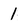
Character: 1